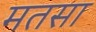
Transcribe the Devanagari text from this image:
मतसा